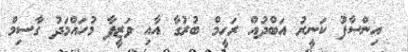
އިންސާފު ކަނީރު އަބްދުއް ރަހީމް ބުރުގާ އާއި ވަޒީފާ މުހައްމަދު ގާސިމް